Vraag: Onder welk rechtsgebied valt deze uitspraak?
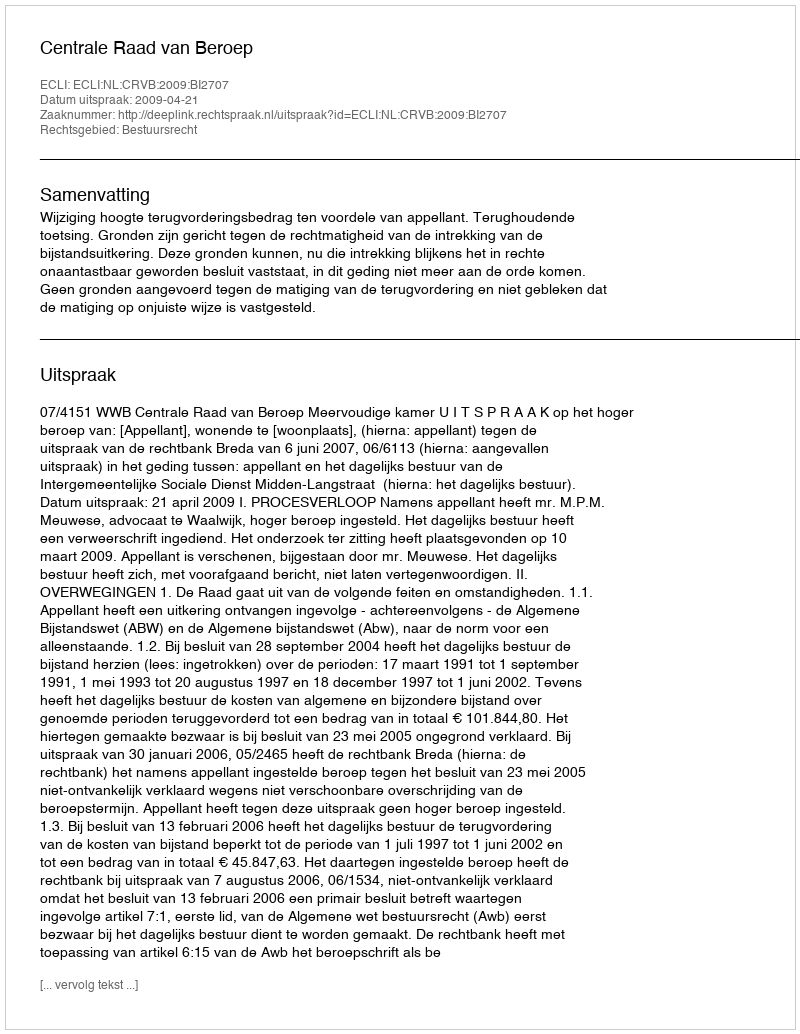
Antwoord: Bestuursrecht